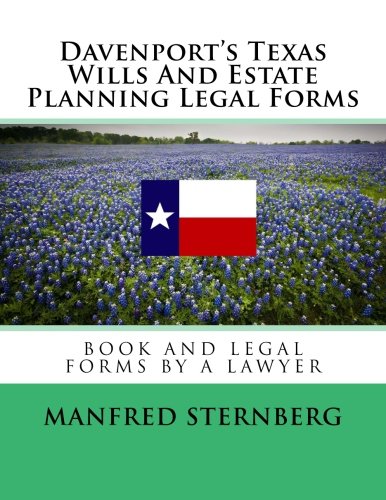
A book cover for Davenport's Texas Wills And Estate Planning Legal Forms: Third Edition; Manfred Sternberg; Law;